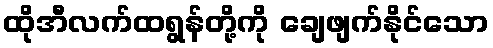
ထိုအီလက်ထရွန်တို့ကို ချေဖျက်နိုင်သော